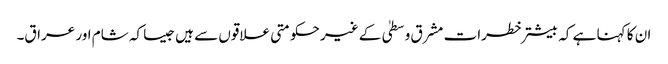
ان کا کہنا ہے کہ بیشتر خطرات مشرق وسطیٰ کے غیر حکومتی علاقوں سے ہیں جیسا کہ شام اور عراق۔